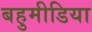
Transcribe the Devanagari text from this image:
बहुमीडिया